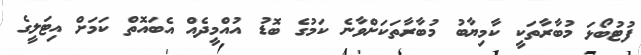
ފުޓުބޯޅަ މުބާރާތަކީ ކާމިޔާބު މުބާރާތަކަށްވާނެ ކަމުގެ ބޮޑު އުއްމީދެއް އެބައޮތް ކަމަށް އިޓަލީގެ